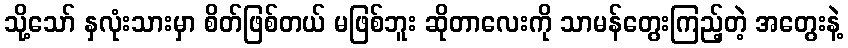
သို့သော် နှလုံးသားမှာ စိတ်ဖြစ်တယ် မဖြစ်ဘူး ဆိုတာလေးကို သာမန်တွေးကြည့်တဲ့ အတွေးနဲ့